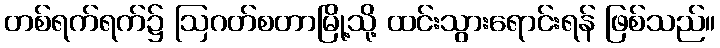
တစ်ရက်ရက်၌ ဩဂတ်စတာမြို့သို့ ထင်းသွားရောင်းရန် ဖြစ်သည်။